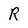
Character: R